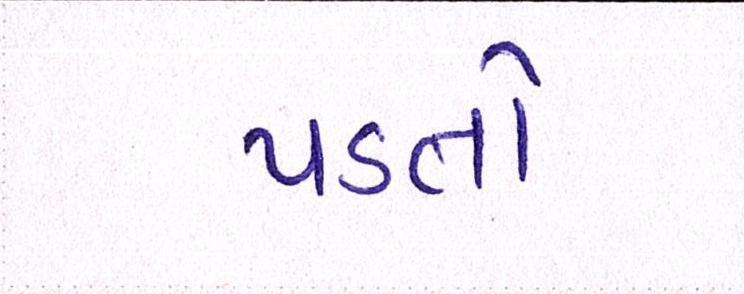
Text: પડતો